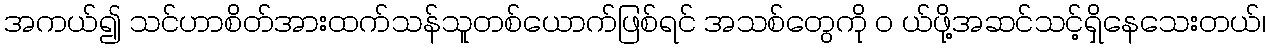
အကယ်၍ သင်ဟာစိတ်အားထက်သန်သူတစ်ယောက်ဖြစ်ရင် အသစ်တွေကို ၀ ယ်ဖို့အဆင်သင့်ရှိနေသေးတယ်၊